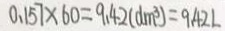
0 . 1 5 7 \times 6 0 = 9 . 4 2 ( d m ^ { 3 } ) = 9 . 4 2 L